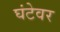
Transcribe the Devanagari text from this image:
घंटेवर